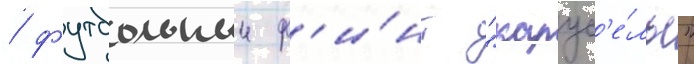
/ футбольныи ф'и́нт "карус'е́ль"